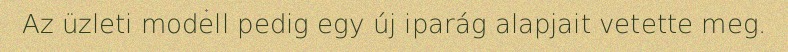
Az üzleti modell pedig egy új iparág alapjait vetette meg.